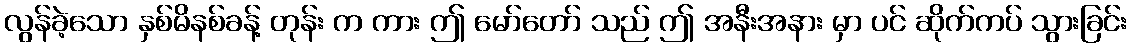
လွန်ခဲ့သော နှစ်မိနစ်ခန့် တုန်း က ကား ဤ မော်တော် သည် ဤ အနီးအနား မှာ ပင် ဆိုက်ကပ် သွားခြင်း